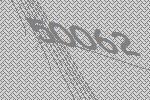
50062